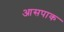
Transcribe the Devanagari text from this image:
आसपाक